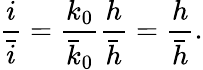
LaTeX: \frac{i}{\bar{i}}=\frac{k_{0}}{\bar{k}_{0}}\frac{h}{\bar{h}}=\frac{h}{\bar{h}}.